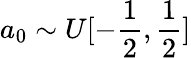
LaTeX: a_{0}\sim U[-\frac 12,\frac 12]